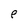
Character: N